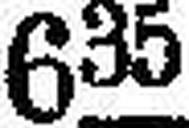
635